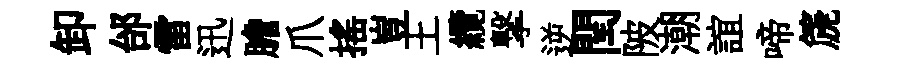
卸邰雷迅膽爪摇豈土纜撃逆閏陂潮誼啼篪